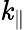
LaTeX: \mathit{k}_{\| }